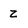
Character: Z